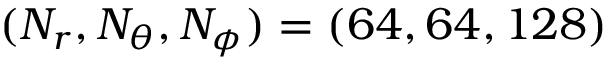
( N _ { r } , N _ { \theta } , N _ { \phi } ) = ( 6 4 , 6 4 , 1 2 8 )